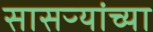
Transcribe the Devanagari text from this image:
सासऱ्यांच्या